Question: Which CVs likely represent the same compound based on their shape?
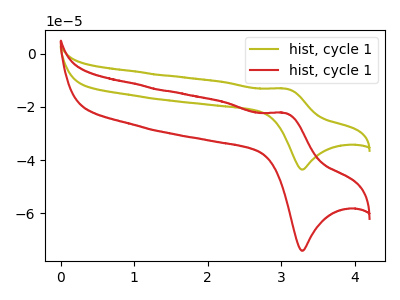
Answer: <think>The olive curve "hist, cycle 11" has an anodic peak at (3.05V, -13.10uA) and a cathodic peak at (3.30V, -43.55uA). The red curve "hist, cycle 12" has an anodic peak at (3.05V, -22.30uA) and a cathodic peak at (3.30V, -74.10uA).
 All the peaks in "hist, cycle 11" have a peak in "hist, cycle 12" at the same potential.</think>
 <answer>"hist, cycle 12" and "hist, cycle 11" have the same shape and are likely CV's of the same chemical.</answer>
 <eval>"hist, cycle 12" "hist, cycle 11"</eval>